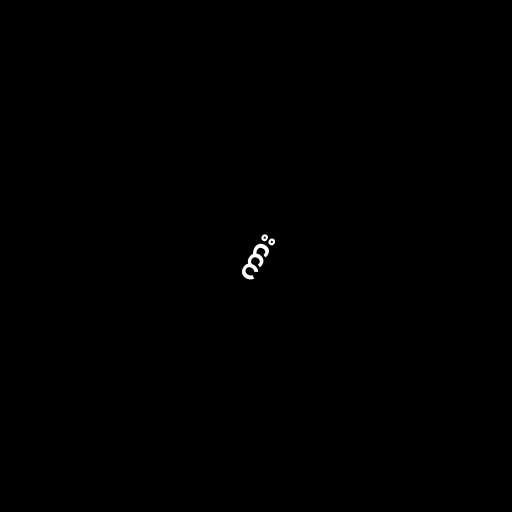
ကား